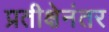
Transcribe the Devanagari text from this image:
प्रतीक्षेनंतर